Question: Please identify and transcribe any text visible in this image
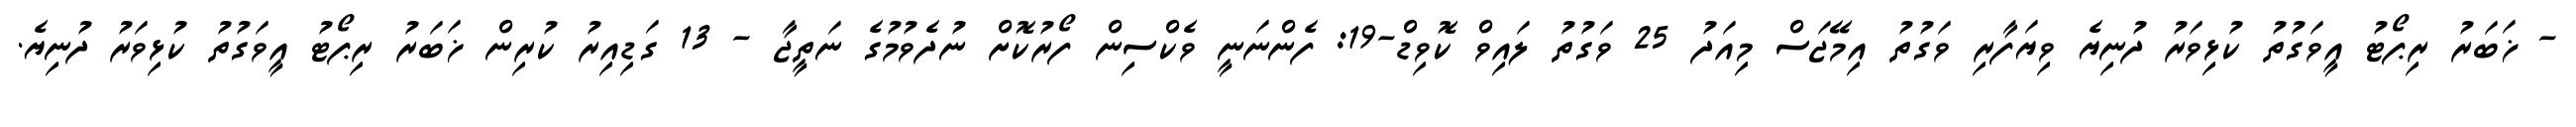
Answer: - ޚަބަރު ރިޕޯޓު އީވަގުތު ކުޅިވަރު ދުނިޔެ ވިޔަފާރި ވަގުތު އިމޭޖަސް މިއަދު 25 ވަގުތު ލައިވް ކޮވިޑް-19: ފެންނަނީ ވެކްސިން ފޯރުކޮށް ނުދެވުމުގެ ނަތީޖާ - 13 ގަޑިއިރު ކުރިން ޚަބަރު ރިޕޯޓު އީވަގުތު ކުޅިވަރު ދުނިޔެ.